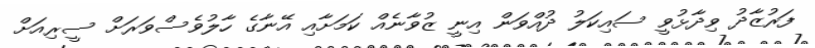
ފަރުޒާދު ވިދާޅުވީ ސައިކަލު ދުއްވަން އިނީ ޒުވާނެއް ކަމަށާއި އޭނާގެ ހާލުވެސްވަރަށް ސީރިއަށް